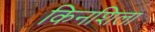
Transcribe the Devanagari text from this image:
किनशिला